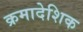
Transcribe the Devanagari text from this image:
क्रमादेशिक